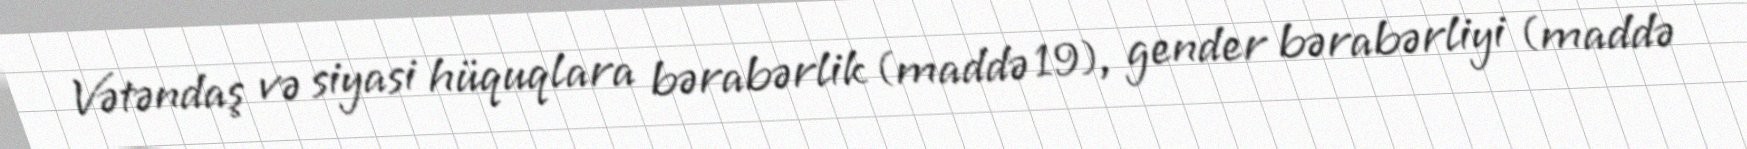
Vətəndaş və siyasi hüquqlara bərabərlik (maddə 19), gender bərabərliyi (maddə